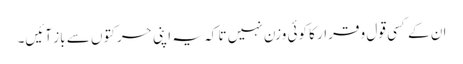
ان کے کسی قول و قرار کا کوئی وزن نہیں تا کہ یہ اپنی حرکتوں سے باز آئیں۔